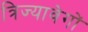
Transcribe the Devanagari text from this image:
त्रिज्यावेगों